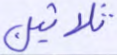
ثلاثين